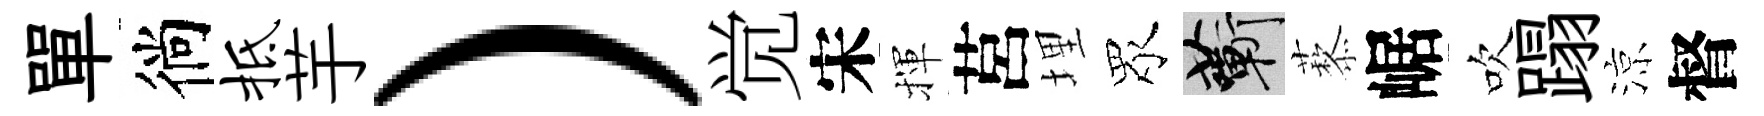
單徜柢芋）觉宋揮莒埋眾蔪藜崌吹蹋涼督